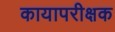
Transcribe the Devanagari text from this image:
कायापरीक्षक